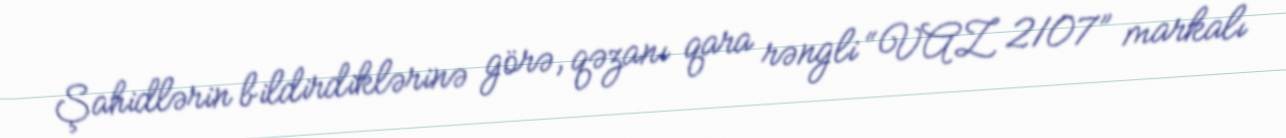
Şahidlərin bildirdiklərinə görə, qəzanı qara rəngli “VAZ 2107” markalı